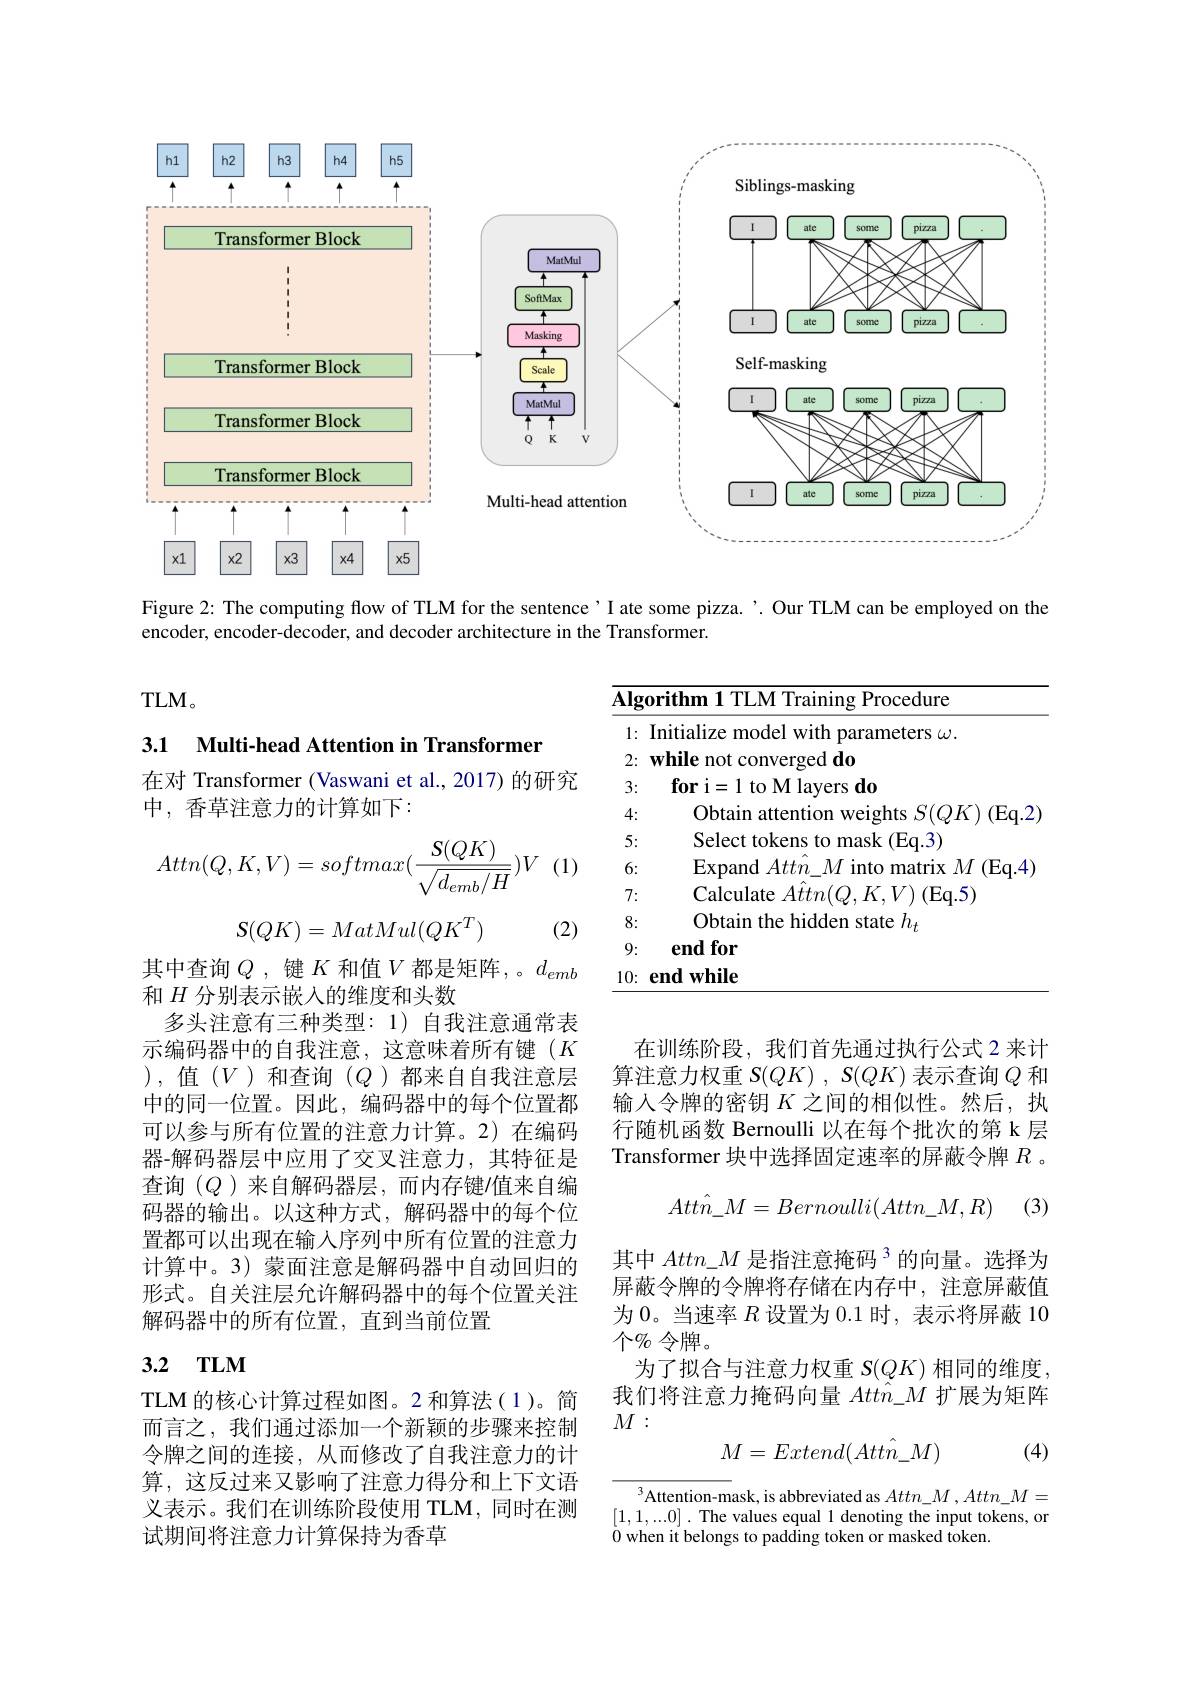
<FigureHere>

Figure 2: The computing flow of TLM for the sentence’I ate some pizza. '. Our TLM can be employed on the
encoder, encoder-decoder, and decoder architecture in the Transformer.

$TLM$。

3.1 $\textbf{Multi- head Attention in Transformer}$

在对 Transformer (Vaswani et al., 2017) 的研究
中，香草注意力的计算如下：

<table>
	<tbody>
		<tr>
			<td>$\overline{\mathbf{Alg}}$</td>
			<td>gorithm 1 TLM Training Procedure</td>
		</tr>
		<tr>
			<td>1: $r$ </td>
			<td>Initialize model with parameters $\omega.$</td>
		</tr>
		<tr>
			<td>2:</td>
			<td>while not converged do</td>
		</tr>
		<tr>
			<td>3:</td>
			<td>$\textbf{for i= 1 to M layers do}$</td>
		</tr>
		<tr>
			<td>4:</td>
			<td>Obtain attention weights $S(QK)$ (Eq.2</td>
		</tr>
		<tr>
			<td>5:</td>
			<td>Select tokens to mask (Eq.3)</td>
		</tr>
		<tr>
			<td>6:</td>
			<td>Expand $Attn\_M$ into matrix $M$ (Eq.4)</td>
		</tr>
		<tr>
			<td>7:</td>
			<td>Calculate $Attn( Q, K, V)$ (Eq. 5)</td>
		</tr>
		<tr>
			<td>8:</td>
			<td>Obtain the hidden state $h_t$</td>
		</tr>
		<tr>
			<td>9:</td>
			<td>endfor</td>
		</tr>
		<tr>
			<td>10:</td>
			<td>$\mathbf{endwhile}$</td>
		</tr>
	</tbody>
</table>

(1)
$$Attn(Q,K,V)=softmax(\frac{S(QK)}{\sqrt{d_{emb}/H}})V$$
$$\begin{matrix}S(QK)=MatMul(QK^T)\end{matrix}$$
(2)

在训练阶段，我们首先通过执行公式 2 来计算注意力权重$S( QK)$ , $S( QK)$表示查询$Q$和输入令牌的密钥$K$之间的相似性。然后，执行随机函数 Bernoulli 以在每个批次的第 k 层Transformer 块中选择固定速率的屏蔽令牌$R$ 。

其中查询$Q$ ,键$K$和值$V$都是矩阵，。$d_emb$
和$H$分别表示嵌入的维度和头数
多头注意有三种类型：1) 自我注意通常表示编码器中的自我注意，这意味着所有键(K ),值(V)和查询($Q$)都来自自我注意层中的同一位置。因此，编码器中的每个位置都可以参与所有位置的注意力计算。2)在编码器-解码器层中应用了交叉注意力，其特征是查询$(Q$ )来自解码器层，而内存键/值来自编码器的输出。以这种方式，解码器中的每个位置都可以出现在输入序列中所有位置的注意力计算中。3) 蒙面注意是解码器中自动回归的形式。自关注层允许解码器中的每个位置关注解码器中的所有位置，直到当前位置
$$Att\hat{n}_M=Bernoulli(Attn_M,R)$$
(3)

其中$Attn\_M$是指注意掩码$^3$的向量。选择为屏蔽令牌的令牌将存储在内存中，注意屏蔽值为 0。当速率$R$设置为 0.1 时，表示将屏蔽 10 $个\%$令牌。
为了拟合与注意力权重$S(QK)$相同的维度我们将注意力掩码向量$Att\hat{n}\_M$扩展为矩阵$M:$

## 3.2 $\mathbf{TLM}$

(4)
$$M=Extend(Att\hat{n}_M)$$
TLM 的核心计算过程如图。2 和算法(1)。简而言之，我们通过添加一个新颖的步骤来控制令牌之间的连接，从而修改了自我注意力的计算，这反过来又影响了注意力得分和上下文语义表示。我们在训练阶段使用 TLM, 同时在测试期间将注意力计算保持为香草

$^3$Attention-mask, is abbreviated as $Attn\_M,Attn\_M=$ [1,1,...0] . The values equal 1 denoting the input tokens, or 0 when it belongs to padding token or masked token.